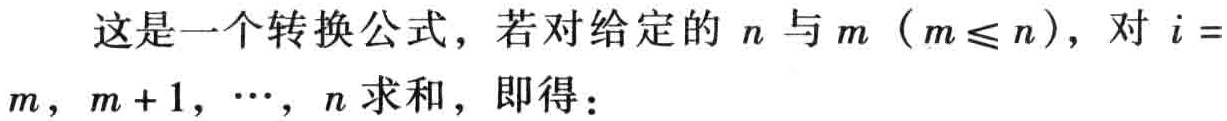
这是一个转换公式，若对给定的 \(n\) 与 \(m\)（\(m\leq n\)），对 \(i = m\)，\(m + 1\)，\(\cdots\)，\(n\) 求和，即得：